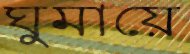
ঘুমায়ে